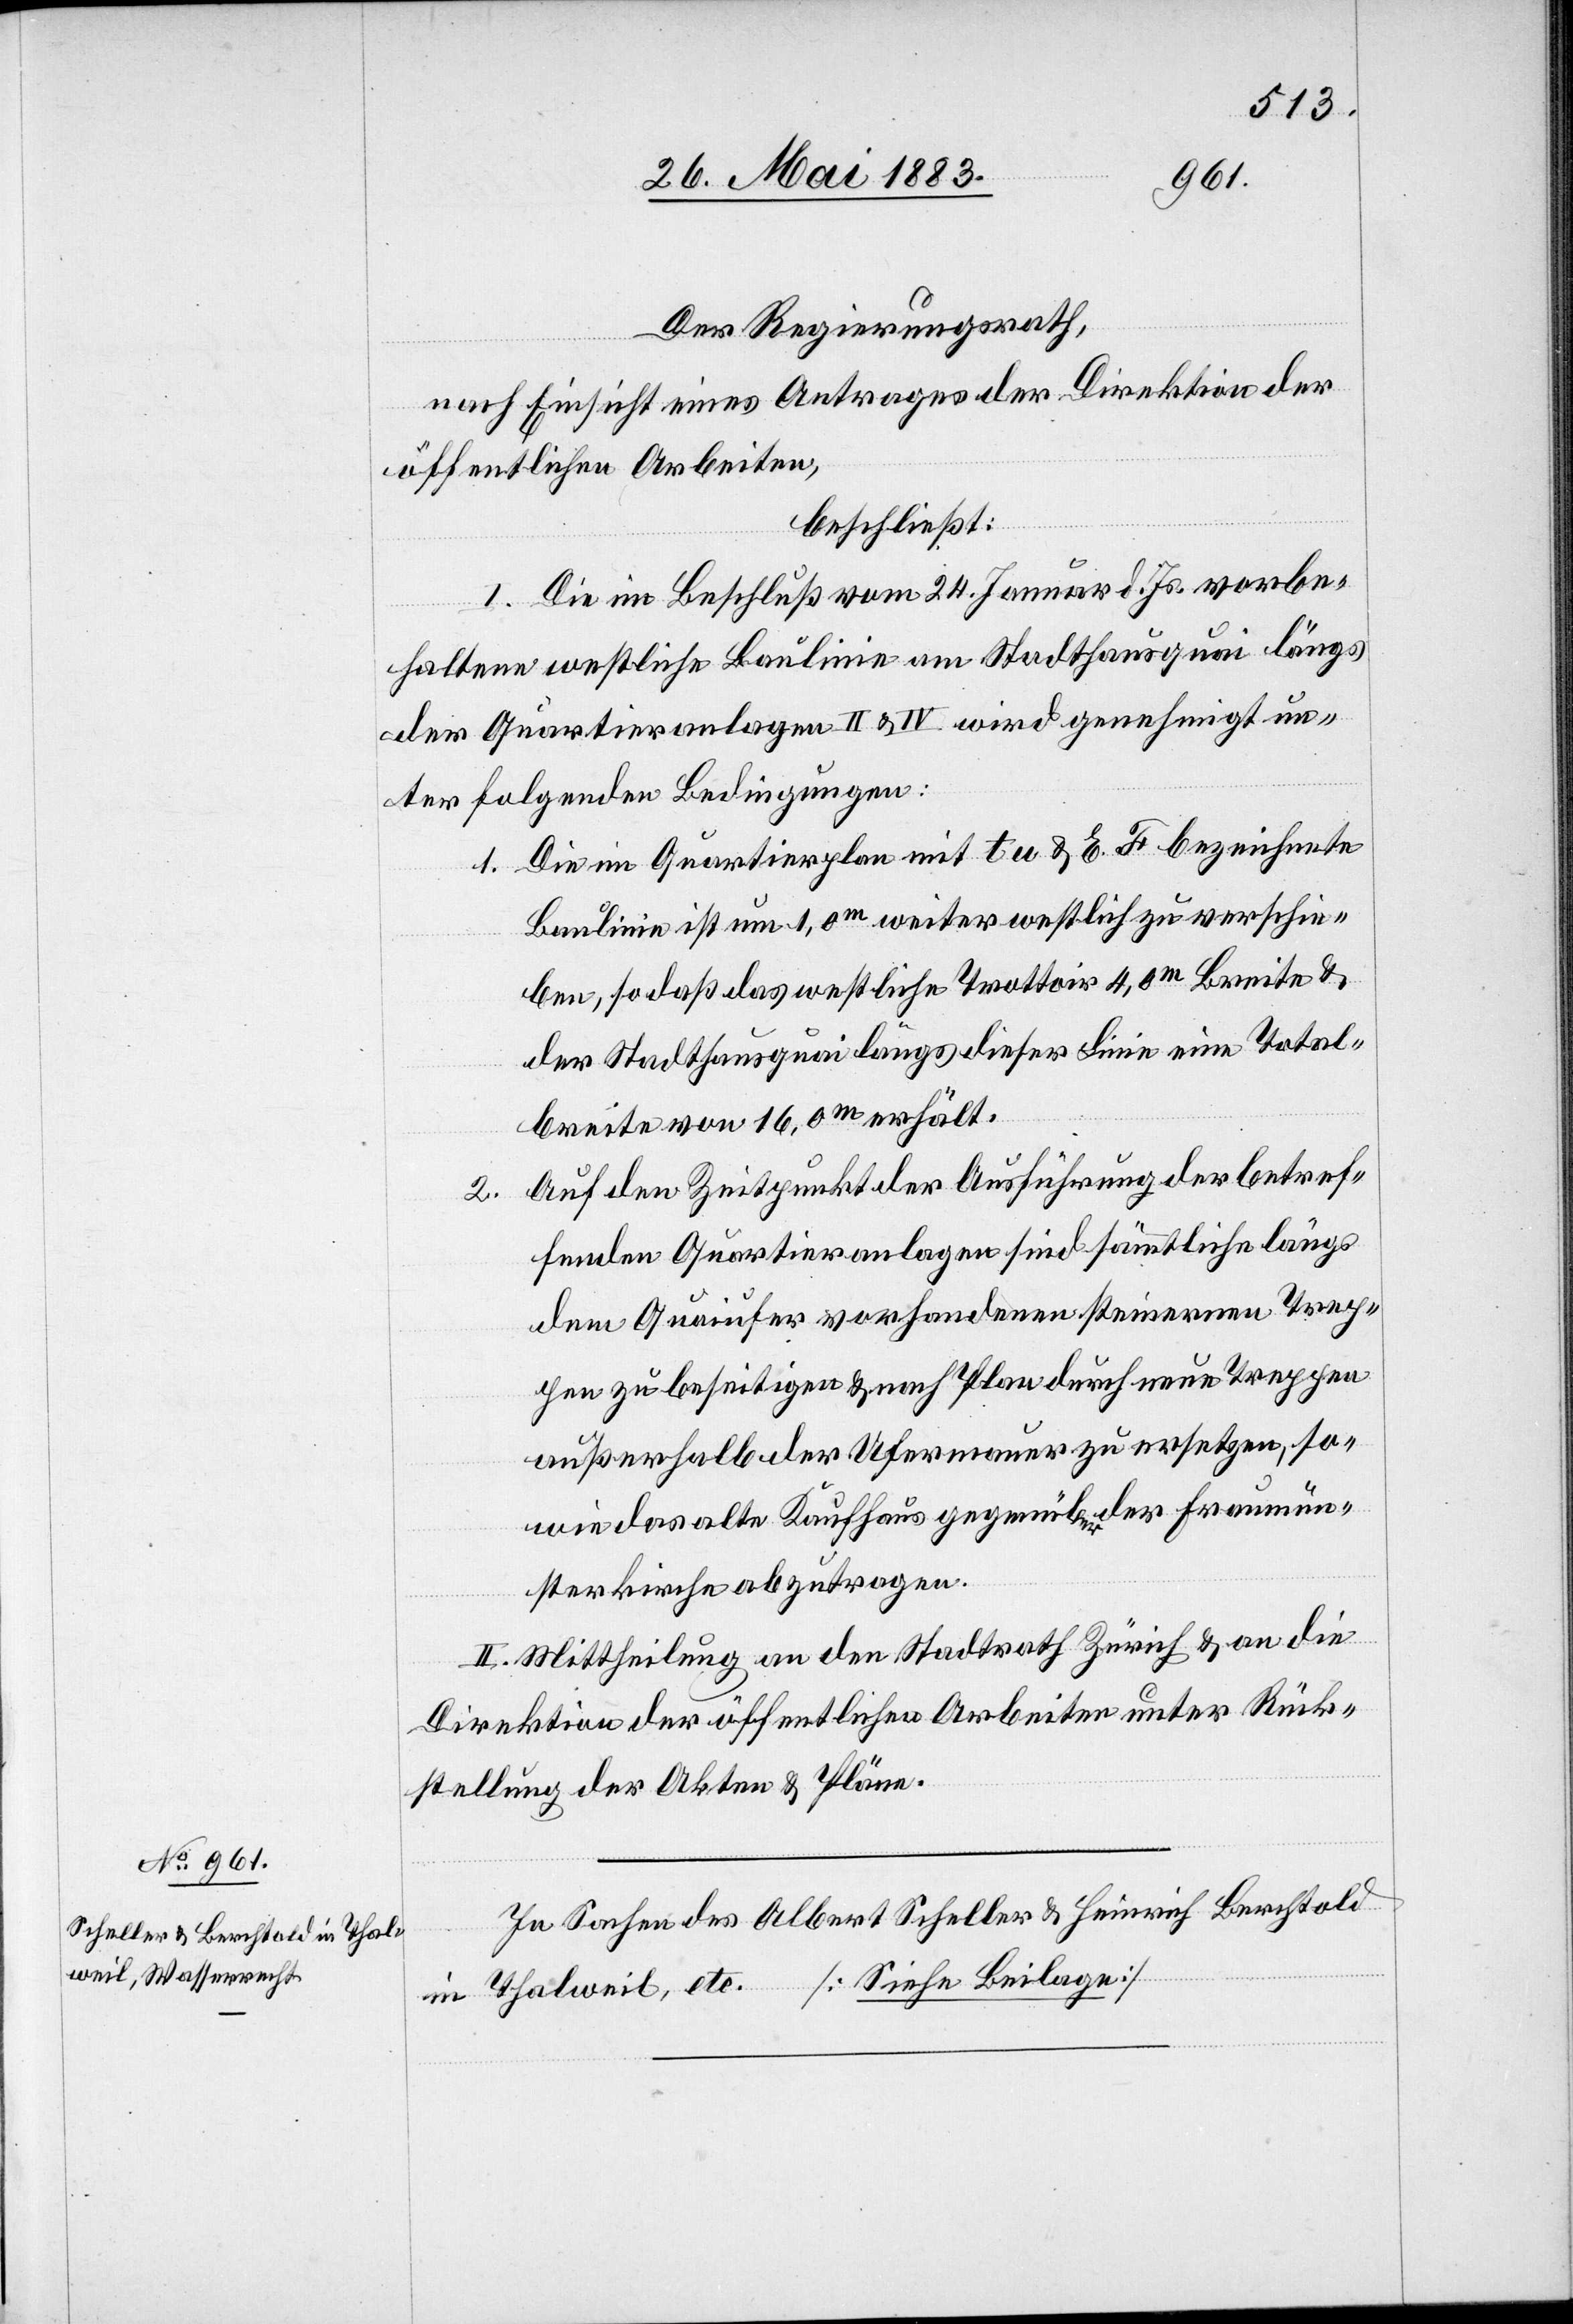
Der Regierungsrath,
nach Einsicht eines Antrages der Direktion der
öffentlichen Arbeiten,
beschließt:
I. Die im Beschluß vom 24. Januar d. Js. vorbe¬
haltene westliche Baulinie am Stadthausquai längs
der Quartieranlagen II & IV wird genehmigt un¬
ter folgenden Bedingungen:
1. Die im Quartierplan mit tu & E. F bezeichnete
Baulinie ist um 1,0m weiter westlich zu verschie¬
ben, so daß das westliche Trottoir 4,0m Breite &
der Stadthausquai längs dieser Linie eine Total¬
breite von 16,0m erhält.
Auf den Zeitpunkt der Ausführung der betref¬
2.
fenden Quartieranlagen sind sämmtliche längs
dem Quaiufer vorhandenen steinernen Trep¬
pen zu beseitigen & nach Plan durch neue Treppen
außerhalb der Ufermauer zu ersetzen, so¬
wie das alte Kaufhaus gegenüber der Fraumün¬
sterkirche abzutragen.
II. Mittheilung an den Stadtrath Zürich & an die
Direktion der öffentlichen Arbeiten unter Rück¬
stellung der Akten & Pläne.